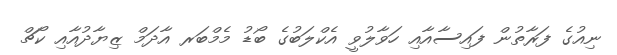
ނިއުގެ ފަރާތުން ފައިސާއާއި ހަވާލުވީ އެކްލަބުގެ ބޯޑު މެމްބަރ އާދަމް ޒިޔާދުއާއި ކޯޗް